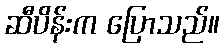
ဆီပိန်းက ပြောသည်။